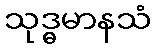
သုဒ္ဓမာနသံ